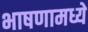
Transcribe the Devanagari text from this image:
भाषणामध्ये